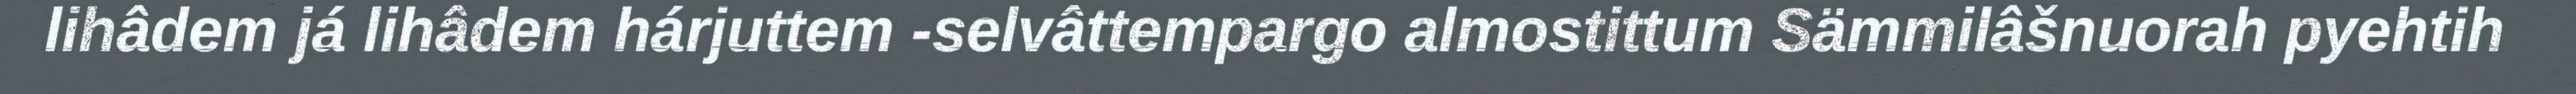
lihâdem já lihâdem hárjuttem -selvâttempargo almostittum Sämmilâšnuorah pyehtih